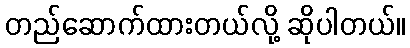
တည်ဆောက်ထားတယ်လို့ ဆိုပါတယ်။